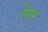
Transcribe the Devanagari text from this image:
रेंगा